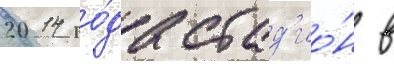
2014 го́да стад'ио́н в